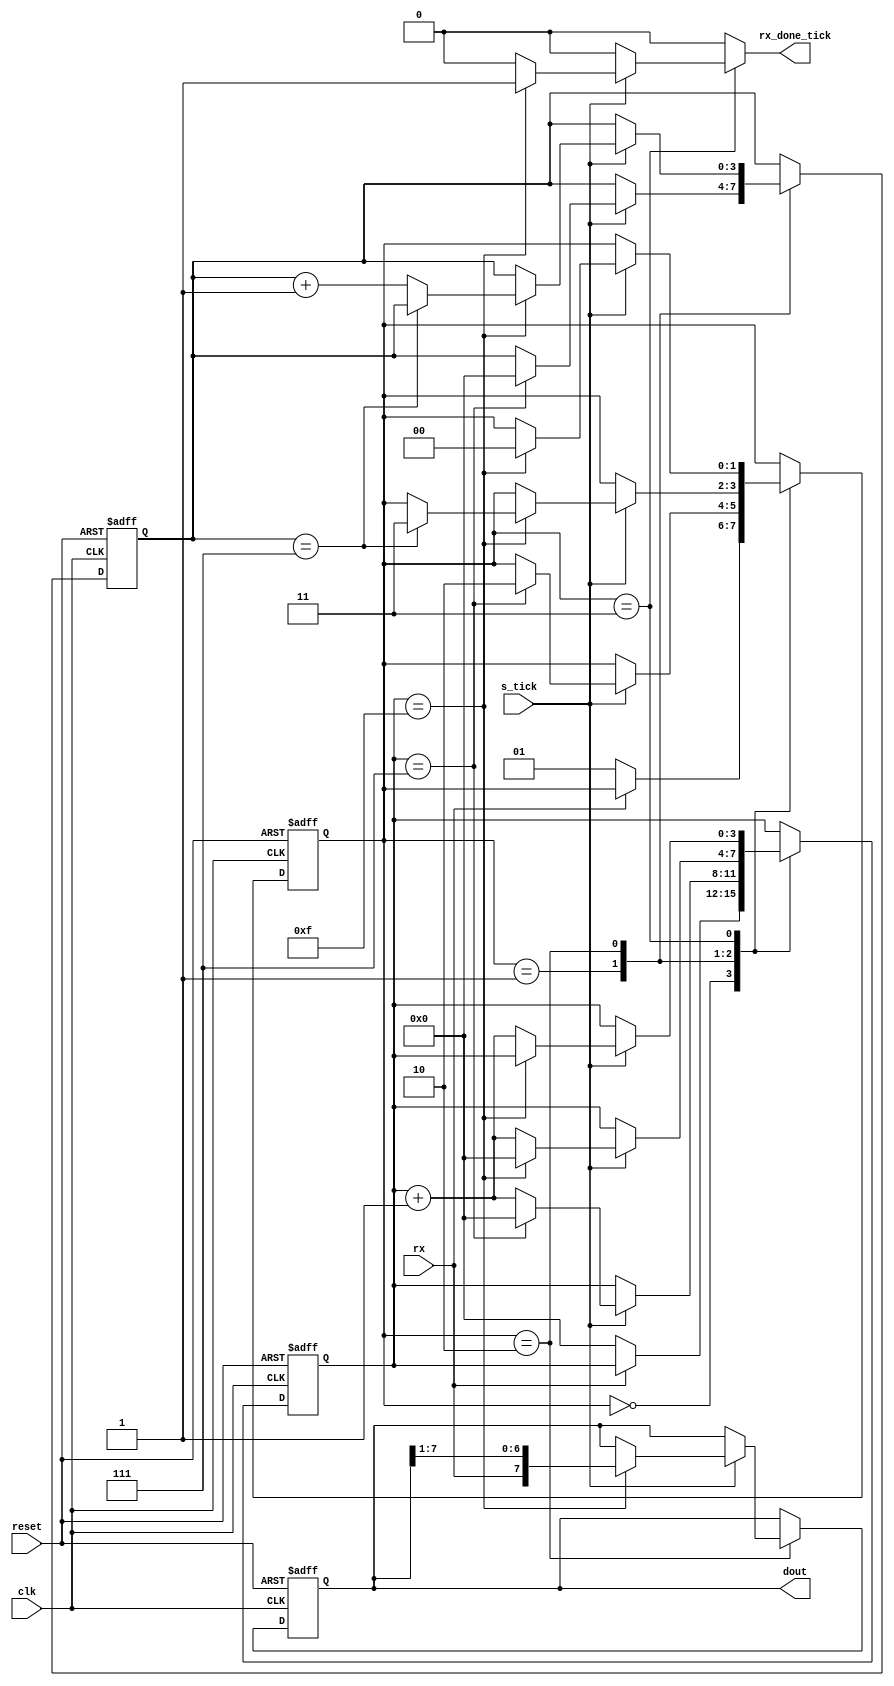
module uart_rx
(
	input wire        clk,
	input wire        reset,
	input wire        rx,
	input wire        s_tick,
	output reg        rx_done_tick,
	output wire [7:0] dout
);
	parameter DBIT    = 8;
	parameter SB_TICK = 16;
	
	localparam IDLE  = 0;
	localparam START = 1;
	localparam DATA  = 2;
	localparam STOP  = 3;
	
	reg [1:0] state_reg, state_next;
	reg [3:0] s_reg, s_next;
	reg [3:0] n_reg, n_next;
	reg [7:0] b_reg, b_next;
	
	always @ (posedge clk, posedge reset) begin
		if (reset) begin
			state_reg <= IDLE;
			s_reg <= 0;
			n_reg <= 0;
			b_reg <= 0;
		end
		else begin
			state_reg <= state_next;
			s_reg <= s_next;
			n_reg <= n_next;
			b_reg <= b_next;
		end
	end
	
	// state machine works as follows:
	// if it is in idle mode, it waits for a start based on a signal
	// to begin. once it has some data, it will
	// loop through the data sending bit by bit until it is done, then it goes back to idle mode
	always @ (state_reg, s_reg, n_reg, b_reg, s_tick, rx) begin
		state_next <= state_reg;
		s_next <= s_reg;
		n_next <= n_reg;
		b_next <= b_reg;
		rx_done_tick <= 0;
		
		case (state_reg)
			IDLE: begin
				if (!rx) begin
					state_next <= START;
					s_next <= 0;
				end
			end
			
			START: begin
				if (s_tick) begin
					if (s_reg == 7) begin
						state_next <= DATA;
						s_next <= 0;
						n_next <= 0;
					end
					else
						s_next <= s_reg + 1;
				end
			end
			
			DATA: begin
				if (s_tick) begin
					if (s_reg == 15) begin
						s_next <= 0;
						b_next <= {rx, b_reg[7:1]};
						if (n_reg == DBIT-1)
							state_next <= STOP;
						else
							n_next <= n_reg + 1;
					end
					else
						s_next <= s_reg + 1;
				end
			end
			
			STOP: begin
				if (s_tick) begin
					if (s_reg == SB_TICK-1) begin
						state_next <= IDLE;
						rx_done_tick <= 1;
					end
					else
						s_next <= s_reg + 1;
				end
			end
		endcase
	end

	assign dout = b_reg;
endmodule